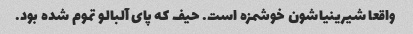
واقعا شیرینیاشون خوشمزه است. حیف که پای آلبالو تموم شده بود.